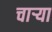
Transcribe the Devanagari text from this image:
चाऱ्या